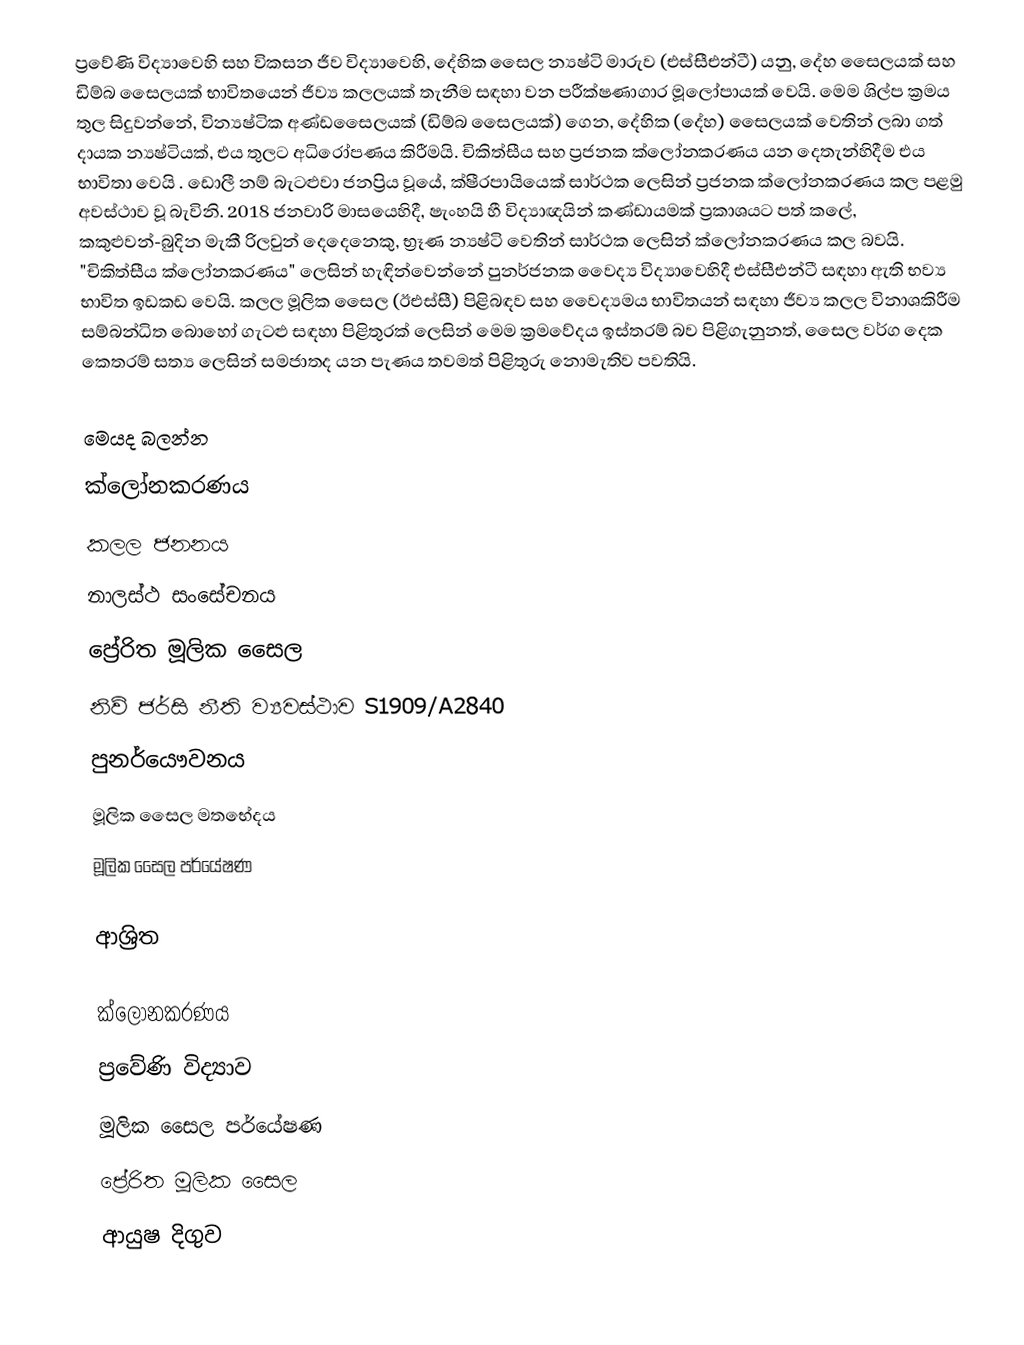
ප්‍රවේණි විද්‍යාවෙහි සහ විකසන ජීව විද්‍යාවෙහි, දේහික සෛල න්‍යෂ්ටි මාරුව (එස්සීඑන්ටී) යනු, දේහ සෛලයක් සහ  ඩිම්බ සෛලයක් භාවිතයෙන් ජීව්‍ය කලලයක් තැනීම සඳහා වන  පරීක්ෂණාගාර මූලෝපායක් වෙයි. මෙම ශිල්ප ක්‍රමය තුල සිදුවන්නේ,  වින්‍යෂ්ටික අණ්ඩසෛලයක් (ඩිම්බ සෛලයක්) ගෙන,  දේහික (දේහ) සෛලයක් වෙතින් ලබා ගත්  දායක න්‍යෂ්ටියක්,  එය තුලට අධිරෝපණය කිරීමයි. චිකිත්සීය  සහ  ප්‍රජනක ක්ලෝනකරණය යන දෙතැන්හිදීම එය භාවිතා වෙයි . ඩොලී නම් බැටළුවා ජනප්‍රිය වූයේ, ක්ෂීරපායියෙක් සාර්ථක ලෙසින් ප්‍රජනක ක්ලෝනකරණය කල පළමු අවස්ථාව වූ බැවිනි. 2018 ජනවාරි මාසයෙහිදී, ෂැංහයි හී විද්‍යාඥයින් කණ්ඩායමක් ප්‍රකාශයට පත් කලේ,   කකුළුවන්-බුදින මැකී රිලවුන් දෙදෙනෙකු,   භ්‍රෑණ න්‍යෂ්ටි වෙතින් සාර්ථක ලෙසින් ක්ලෝනකරණය කල බවයි. "චිකිත්සීය ක්ලෝනකරණය" ලෙසින් හැඳින්වෙන්නේ    පුනර්ජනක වෛද්‍ය විද්‍යාවෙහිදී එස්සීඑන්ටී සඳහා ඇති භව්‍ය භාවිත ඉඩකඩ වෙයි. කලල මූලික සෛල (ඊඑස්සී) පිළිබඳව සහ වෛද්‍යමය භාවිතයන් සඳහා ජීව්‍ය කලල විනාශකිරීම සම්බන්ධිත බොහෝ ගැටළු සඳහා පිළිතුරක් ලෙසින් මෙම ක්‍රමවේදය ඉස්තරම් බව පිළිගැනුනත්,   සෛල වර්ග දෙක කෙතරම් සත්‍ය ලෙසින්  සමජාතද යන පැණය තවමත් පිළිතුරු නොමැතිව පවතියි.

මෙයද බලන්න
 ක්ලෝනකරණය
 කලල ජනනය
 නාලස්ථ සංසේචනය
 ප්‍රේරිත මූලික සෛල
 නිව් ජර්සි නීති ව්‍යවස්ථාව S1909/A2840
  පුනර්යෞවනය
 මූලික සෛල මතභේදය
 මූලික සෛල පර්යේෂණ

ආශ්‍රිත

 ක්ලෝනකරණය
 ප්‍රවේණි විද්‍යාව
 මූලික සෛල පර්යේෂණ
ප්‍රේරිත මූලික සෛල
ආයුෂ දිගුව